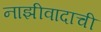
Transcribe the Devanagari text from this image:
नाझीवादाची